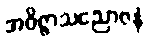
အဝိဇ္ဇာသညောဇနံ